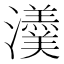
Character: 𤄂